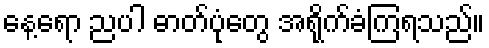
နေ့ရော ညပါ ဓာတ်ပုံတွေ အရိုက်ခံကြရသည်။